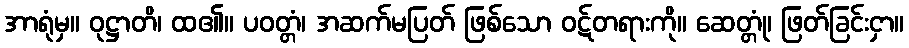
အာရုံမှ။ ဝုဋ္ဌာတိ၊ ထ၏။ ပဝတ္တံ၊ အဆက်မပြတ် ဖြစ်သော ဝဋ်တရားကို။ ဆေတ္တုံ၊ ဖြတ်ခြင်းငှာ။